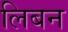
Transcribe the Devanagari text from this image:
लिबन